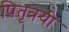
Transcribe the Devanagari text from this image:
पितृत्रयी